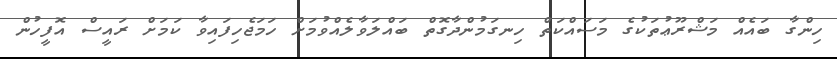
ހިންގާ ބައެއް މަޝްރޫޢުތަކުގެ މަސައްކަތް ހިނގަމުންދާގޮތް ބައްލަވާލެއްވުމަށް ހަމަޖެހިފައިވާ ކަމަށް ރައީސް އޮފީހުން